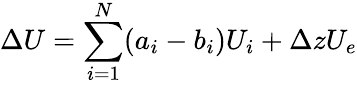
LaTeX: \Delta U=\sum_{i=1}^{N}(a_{i}-b_{i})U_{i}+\Delta zU_{e}